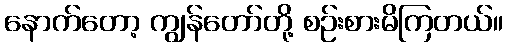
နောက်တော့ ကျွန်တော်တို့ စဉ်းစားမိကြတယ်။